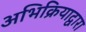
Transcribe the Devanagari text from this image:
अभिक्रियाद्वारा